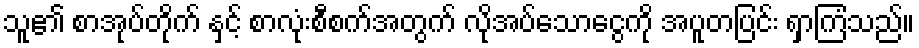
သူ၏ စာအုပ်တိုက် နှင့် စာလုံးစီစက်အတွက် လိုအပ်သောငွေကို အပူတပြင်း ရှာကြံသည်။